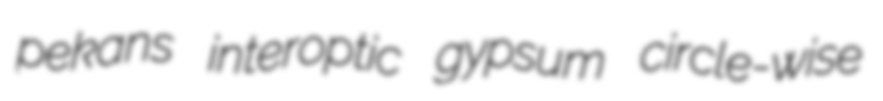
pekans interoptic gypsum circle-wise